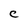
Character: C